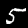
Digit: 5